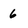
Character: 6